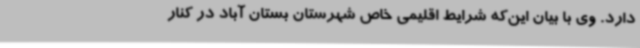
دارد. وی با بیان این‌که شرایط اقلیمی خاص شهرستان بستان آباد در کنار